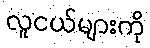
လူငယ်များကို